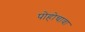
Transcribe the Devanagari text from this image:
पोहोचावा